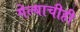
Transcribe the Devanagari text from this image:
गेल्याचीही